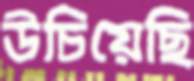
উচিয়েছি